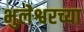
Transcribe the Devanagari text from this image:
भुलेश्वरच्या